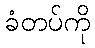
ခံတပ်ကို